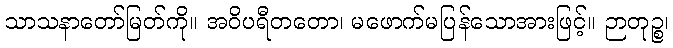
သာသနာတော်မြတ်ကို။ အဝိပရီတတော၊ မဖောက်မပြန်သောအားဖြင့်။ ဉာတုဉ္စ၊